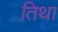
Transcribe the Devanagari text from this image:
तिथा